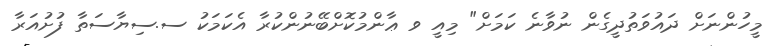
މީހުންނަށް ދައުވަތުދީގެން ނުވާނެ ކަމަށް" މިއީ ވ ޢާންމުކޮށްބޭނުންކުރާ އެކަމަކު ސ.ސިޔާސަތާ ފުށުއަރާ